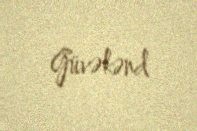
Güvəkənd